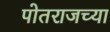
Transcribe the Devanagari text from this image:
पोतराजच्या